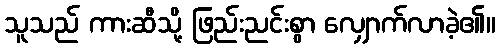
သူသည် ကားဆီသို့ ဖြည်းညင်းစွာ လျှောက်လာခဲ့၏။